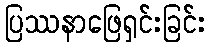
ပြဿနာဖြေရှင်းခြင်း